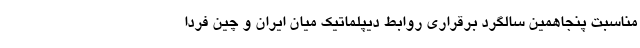
مناسبت پنجاهمین سالگرد برقراری روابط دیپلماتیک میان ایران و چین فردا